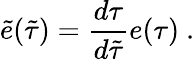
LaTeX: \tilde{e}(\tilde{\tau})=\frac{d\tau}{d\tilde{\tau}}e(\tau)\ .